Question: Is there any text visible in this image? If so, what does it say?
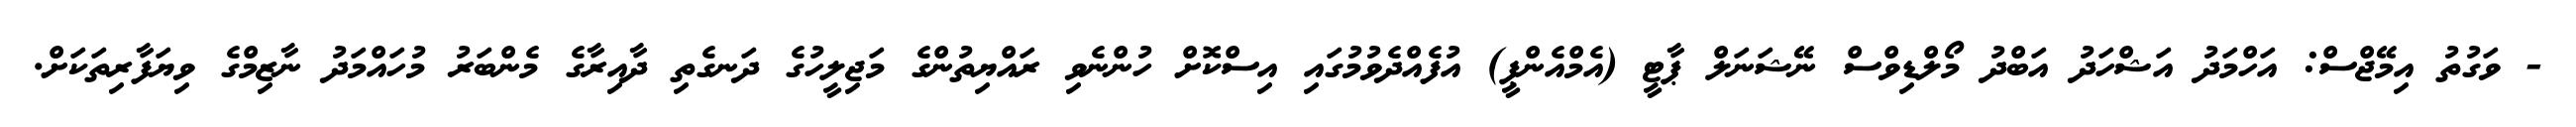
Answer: - ވަގުތު އިމޭޖްސް: އަހްމަދު އަޝްހަދު އަބްދު މޯލްޑިވްސް ނޭޝަނަލް ޕާޓީ (އެމްއެންޕީ) އުފެއްދެވުމުގައި އިސްކޮށް ހުންނެވި ރައްޔިތުންގެ މަޖިލީހުގެ ދަނގެތި ދާއިރާގެ މެންބަރު މުހައްމަދު ނާޒިމްގެ ވިޔަފާރިތަކަށް.